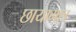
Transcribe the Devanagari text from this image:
छायामात्र